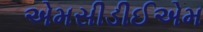
એમસીડીઈએમ